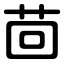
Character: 茴